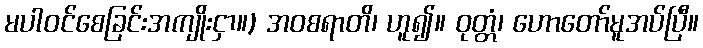
မပါဝင်စေခြင်းအကျိုးငှာ။) အဝစရာတိ၊ ဟူ၍။ ဝုတ္တံ၊ ဟောတော်မူအပ်ပြီ။